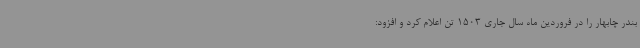
بندر چابهار را در فروردین ماه سال جاری 1503 تن اعلام کرد و افزود: